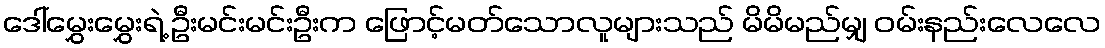
ဒေါ်မွှေးမွှေးရဲ့ ဦးမင်းမင်းဦးက ဖြောင့်မတ်သောလူများသည် မိမိမည်မျှ ဝမ်းနည်းလေလေ